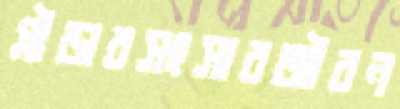
প্লীডারসংসারজীবন